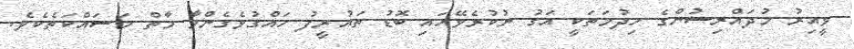
ވީއިރު މުދައްރިސުންގެ ހިދުމަތަކީ އަގު ނުކުރެވޭހައި ބޮޑު ތައުރީފު ހައްގުވެގެންވާ މާތް މަސައްކަތެކެވެ.